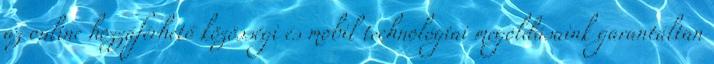
az online hozzáférhető közösségi és mobil technológiai megoldásaink garantáltan